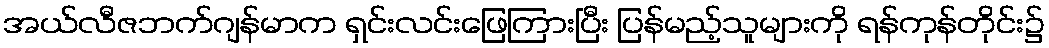
အယ်လီဇဘက်ဂျန်မာက ရှင်းလင်းဖြေကြားပြီး ပြန်မည့်သူများကို ရန်ကုန်တိုင်း၌